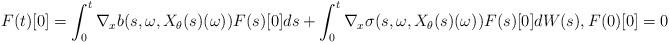
LaTeX: \begin{align*}F(t)[0] = \int_0^t \nabla_x b(s, \omega, X_\theta(s)(\omega)) F(s)[0]ds + \int_0^t \nabla_x \sigma(s, \omega, X_\theta(s)(\omega)) F(s)[0] dW(s), F(0)[0] = 0\end{align*}